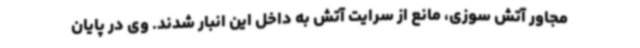
مجاور آتش سوزی، مانع از سرایت آتش به داخل این انبار شدند. وی در پایان